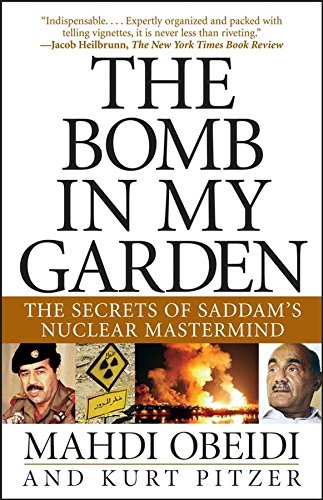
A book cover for The Bomb in My Garden: The Secrets of Saddam's Nuclear Mastermind; Mahdi Obeidi; Biographies & Memoirs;